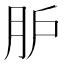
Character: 𦙅